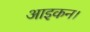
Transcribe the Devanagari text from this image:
आइकन।